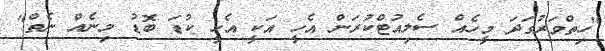
"ހިތްވަރުގަދަ މީހެއް ސެލިއުޓްކުރަން އެހީ އަކީ އެހީ ކުޑަ ބޮޑު މިނެއް ނެތް"